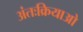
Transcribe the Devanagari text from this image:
अंतःक्रियाओ